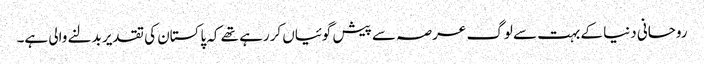
روحانی دنیا کے بہت سے لوگ عرصہ سے پیش گوئیاں کررہے تھے کہ پاکستان کی تقدیر بدلنے والی ہے۔